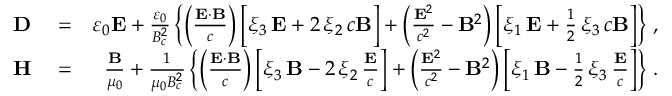
\begin{array} { r l r } { { \bf D } } & { { } = } & { \varepsilon _ { 0 } { \bf E } + \frac { \varepsilon _ { 0 } } { B _ { c } ^ { 2 } } \left\{ \left( \frac { { \bf E } \cdot { \bf B } } { c } \right) \bigg [ \xi _ { 3 } \, { \bf E } + 2 \, \xi _ { 2 } \, c { \bf B } \bigg ] + \left( \frac { { \bf E } ^ { 2 } } { c ^ { 2 } } - { \bf B } ^ { 2 } \right) \left[ \xi _ { 1 } \, { \bf E } + \frac { 1 } { 2 } \, \xi _ { 3 } \, c { \bf B } \right] \right\} \, , } \\ { { \bf H } } & { { } = } & { \frac { { \bf B } } { \mu _ { 0 } } + \frac { 1 } { \mu _ { 0 } B _ { c } ^ { 2 } } \left\{ \left( \frac { { \bf E } \cdot { \bf B } } { c } \right) \left[ \xi _ { 3 } \, { \bf B } - 2 \, \xi _ { 2 } \, \frac { { \bf E } } { c } \right] + \left( \frac { { \bf E } ^ { 2 } } { c ^ { 2 } } - { \bf B } ^ { 2 } \right) \left[ \xi _ { 1 } \, { \bf B } - \frac { 1 } { 2 } \, \xi _ { 3 } \, \frac { { \bf E } } { c } \right] \right\} \, . } \end{array}